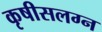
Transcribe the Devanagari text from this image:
कृषीसलग्न